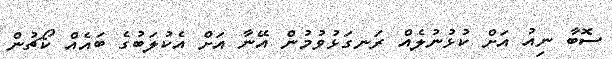
ސޮބާ ނިއު އަށް ކުޅުނުލެއް ރަނގަޅުވުމުން އޭނާ އަށް އެކުލަބުގެ ބައެއް ކޯޗުން